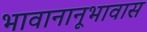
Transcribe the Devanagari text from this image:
भावानानूभावास